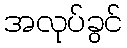
အလုပ်ခွင်